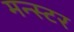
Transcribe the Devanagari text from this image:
मन्स्टर